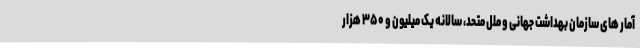
آمار های سازمان بهداشت جهانی و ملل متحد، سالانه یک میلیون و ۳۵۰ هزار